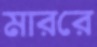
মাররে